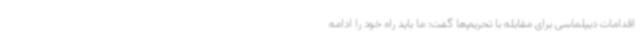
اقدامات دیپلماسی برای مقابله با تحریم‌ها گفت: ما باید راه خود را ادامه